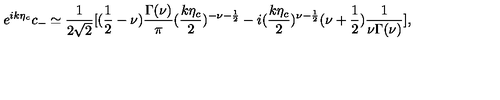
e ^ { i k \eta _ { c } } c _ { - } \simeq \frac { 1 } { 2 \sqrt { 2 } } [ ( \frac { 1 } { 2 } - \nu ) \frac { \Gamma ( \nu ) } { \pi } ( \frac { k \eta _ { c } } { 2 } ) ^ { - \nu - \frac { 1 } { 2 } } - i ( \frac { k \eta _ { c } } { 2 } ) ^ { \nu - \frac { 1 } { 2 } } ( \nu + \frac { 1 } { 2 } ) \frac { 1 } { \nu \Gamma ( \nu ) } ] ,